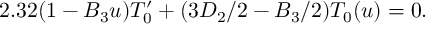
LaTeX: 2 . 3 2 ( 1 - B _ { 3 } u ) T _ { 0 } ^ { \prime } + ( 3 D _ { 2 } / 2 - B _ { 3 } / 2 ) T _ { 0 } ( u ) = 0 .